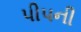
પીપની